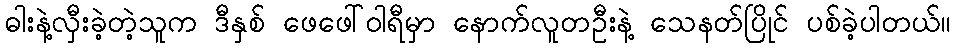
ဓါးနဲ့လှီးခဲ့တဲ့သူက ဒီနှစ် ဖေဖေါ်ဝါရီမှာ နောက်လူတဦးနဲ့ သေနတ်ပြိုင် ပစ်ခဲ့ပါတယ်။